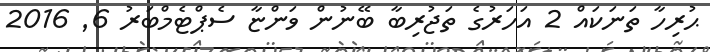
ޙުރިހާ ތަނަކައް 2 އަހަރުގެ ތަޖުރިބާ ބޭނުން ވަންޏާ ސެޕްޓެމްބަރު 6